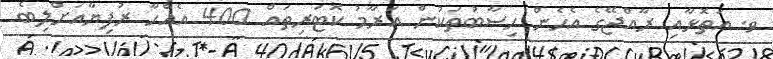
ވ. އަތޮޅާއި ރާއްޖޭގެ އެހެން ހިސާބުތަކުން އަރާމު ކޮޓަރިތައް 400 އެއްހާ ރުފިޔާއަށްލިބެ